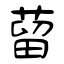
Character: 蒥